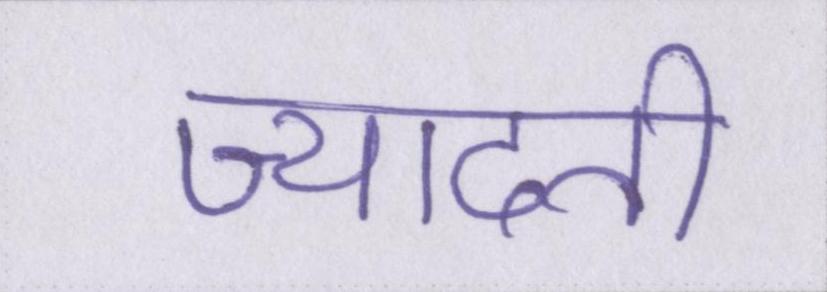
ज्यादती